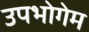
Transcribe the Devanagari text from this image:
उपभोगेम